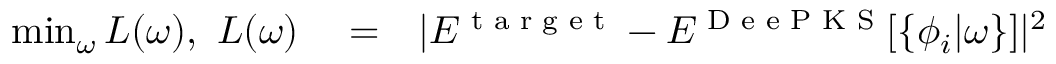
\begin{array} { r l r } { \operatorname* { m i n } _ { \omega } L ( \omega ) , ~ L ( \omega ) } & { { } = } & { | E ^ { \scriptsize { \textrm { t a r g e t } } } - E ^ { \scriptsize { \textrm { D e e P K S } } } [ \{ \phi _ { i } | \omega \} ] | ^ { 2 } } \end{array}